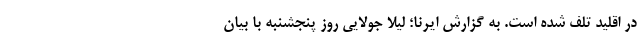
در اقلید تلف شده است. به گزارش ایرنا؛ لیلا جولایی روز پنجشنبه با بیان